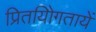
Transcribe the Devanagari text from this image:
प्रितयोिगतायें